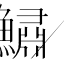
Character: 鱐